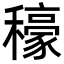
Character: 𮃳